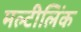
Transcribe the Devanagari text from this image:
मल्टीलिंक